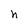
Character: n